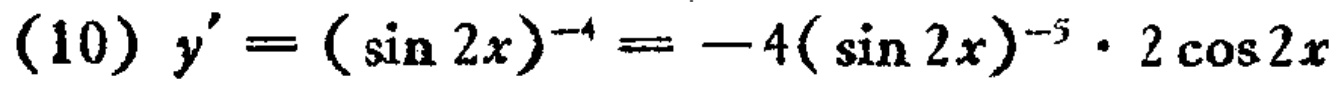
(10) $y' = (\sin 2x)^{-4} = -4(\sin 2x)^{-5} \cdot 2\cos 2x$